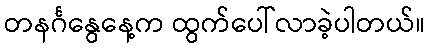
တနင်္ဂနွေနေ့က ထွက်ပေါ်လာခဲ့ပါတယ်။